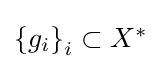
{\textstyle \left\{g_{i}\right\}_{i}\subset X^{*}}